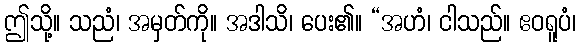
ဤသို့။ သညံ၊ အမှတ်ကို။ အဒါသိ၊ ပေး၏။ “အဟံ၊ ငါသည်။ ဧဝရူပံ၊